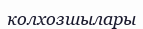
колхозшылары